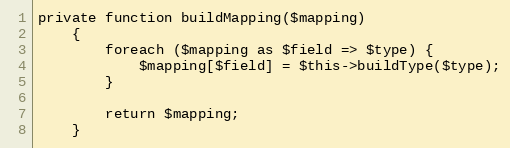
Language: PHP
private function buildMapping($mapping)
    {
        foreach ($mapping as $field => $type) {
            $mapping[$field] = $this->buildType($type);
        }

        return $mapping;
    }